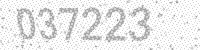
Solution: 037223